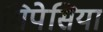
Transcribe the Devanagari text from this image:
सिपेसिया